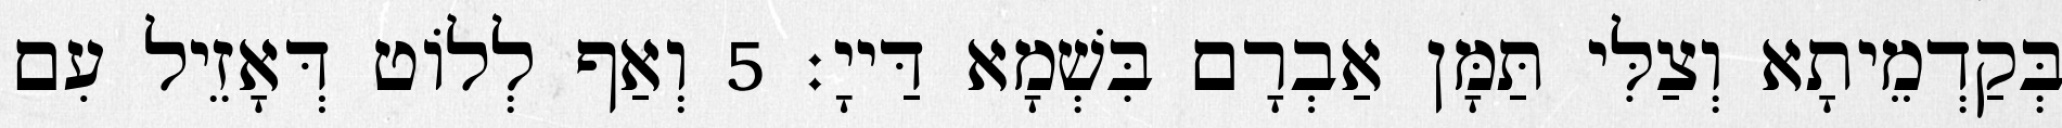
בְּקַדְמֵיתָא וְצַלִּי תַּמָּן אַבְרָם בִּשְׁמָא דַּייָ׃ 5 וְאַף לְלוֹט דְּאָזֵיל עִם